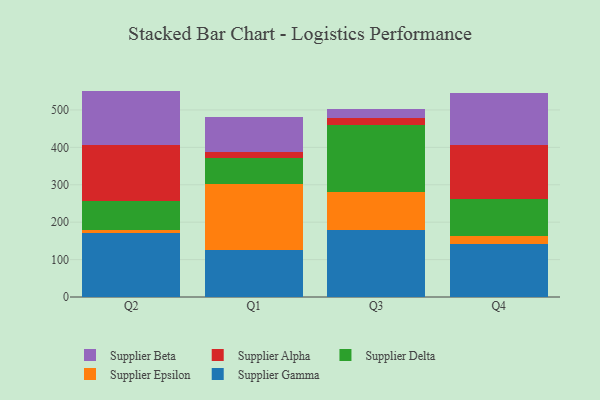
{"axis": {"x": "Quarter", "y": "Website Visitors"}, "legend": ["Supplier Alpha", "Supplier Beta", "Supplier Delta", "Supplier Epsilon", "Supplier Gamma"], "data": [{"x": "Q2", "y": 170.7, "type": "Supplier Gamma"}, {"x": "Q2", "y": 7.2, "type": "Supplier Epsilon"}, {"x": "Q2", "y": 78.9, "type": "Supplier Delta"}, {"x": "Q2", "y": 148.7, "type": "Supplier Alpha"}, {"x": "Q2", "y": 145.6, "type": "Supplier Beta"}, {"x": "Q1", "y": 124.6, "type": "Supplier Gamma"}, {"x": "Q1", "y": 176.8, "type": "Supplier Epsilon"}, {"x": "Q1", "y": 70.3, "type": "Supplier Delta"}, {"x": "Q1", "y": 17.0, "type": "Supplier Alpha"}, {"x": "Q1", "y": 91.8, "type": "Supplier Beta"}, {"x": "Q3", "y": 179.6, "type": "Supplier Gamma"}, {"x": "Q3", "y": 100.7, "type": "Supplier Epsilon"}, {"x": "Q3", "y": 178.9, "type": "Supplier Delta"}, {"x": "Q3", "y": 19.5, "type": "Supplier Alpha"}, {"x": "Q3", "y": 23.8, "type": "Supplier Beta"}, {"x": "Q4", "y": 141.2, "type": "Supplier Gamma"}, {"x": "Q4", "y": 20.8, "type": "Supplier Epsilon"}, {"x": "Q4", "y": 98.7, "type": "Supplier Delta"}, {"x": "Q4", "y": 145.2, "type": "Supplier Alpha"}, {"x": "Q4", "y": 139.7, "type": "Supplier Beta"}]}